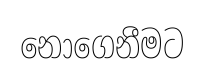
නොගෙනීමට